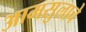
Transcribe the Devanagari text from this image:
आमसुलाचे